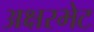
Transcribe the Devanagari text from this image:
अक्षरभेट